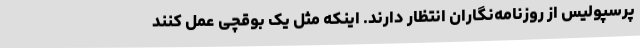
پرسپولیس از روزنامه‌نگاران انتظار دارند. اینکه مثل یک بوقچی عمل کنند